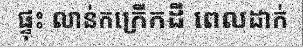
ផ្ទុះ លាន់កក្រើកដី ពេលដាក់